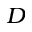
_ { D }